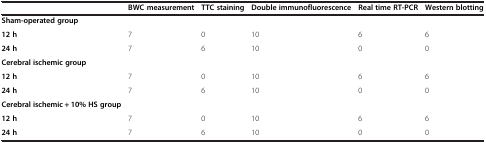
|  | BWC measurement | TTC staining | Double immunofluorescence | Real time RT-PCR | Western blotting |
 | --- | --- | --- | --- | --- | --- |
 | Sham-operated group |  |  |  |  |  |
 | 12 h | 7 | 0 | 10 | 6 | 6 |
 | 24 h | 7 | 6 | 10 | 0 | 0 |
 | Cerebral ischemic group |  |  |  |  |  |
 | 12 h | 7 | 0 | 10 | 6 | 6 |
 | 24 h | 7 | 6 | 10 | 0 | 0 |
 | Cerebral ischemic + 10% HS group |  |  |  |  |  |
 | 12 h | 7 | 0 | 10 | 6 | 6 |
 | 24 h | 7 | 6 | 10 | 0 | 0 |